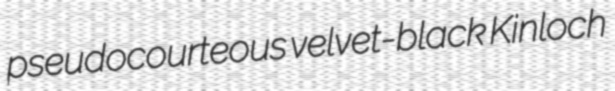
pseudocourteous velvet-black Kinloch